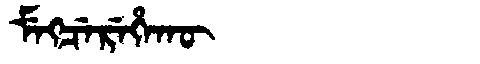
Manchu: ᠮᡝᡴᠴᡝᡵᡝᡥᠠᡴᡡ
Romanization: MEKCEREHAKŪ